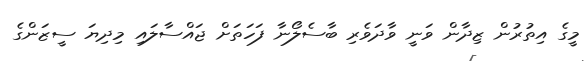
މީގެ އިތުރުން ޒިދާން ވަނީ ވާދަވެރި ބާސެލޯނާ ފަހަތަށް ޖައްސާލައި މިދިޔަ ސީޒަންގެ